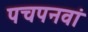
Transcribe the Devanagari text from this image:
पचपनवां